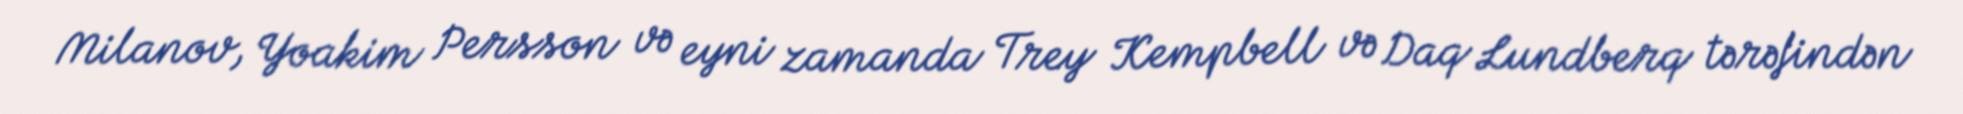
Milanov, Yoakim Persson və eyni zamanda Trey Kempbell və Daq Lundberq tərəfindən